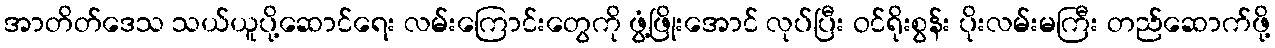
အာတိတ်ဒေသ သယ်ယူပို့ဆောင်ရေး လမ်းကြောင်းတွေကို ဖွံ့ဖြိုးအောင် လုပ်ပြီး ဝင်ရိုးစွန်း ပိုးလမ်းမကြီး တည်ဆောက်ဖို့